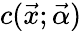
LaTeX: c(\vec{x};\vec{\alpha})